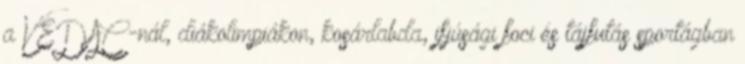
a VEDAC-nál, diákolimpiákon, kosárlabda, ifjúsági foci és tájfutás sportágban